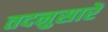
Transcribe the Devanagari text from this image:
तदनुसारें